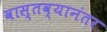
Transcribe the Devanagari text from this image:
वास्तव्यानंतर